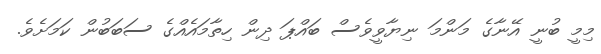
މިމީ ބުނީ އޭނާގެ މަންމަ ނިޔާވީވެސް ބައްޕަ ދިން ހިތާމައެއްގެ ސަބަބުން ކަމަށެވެ.